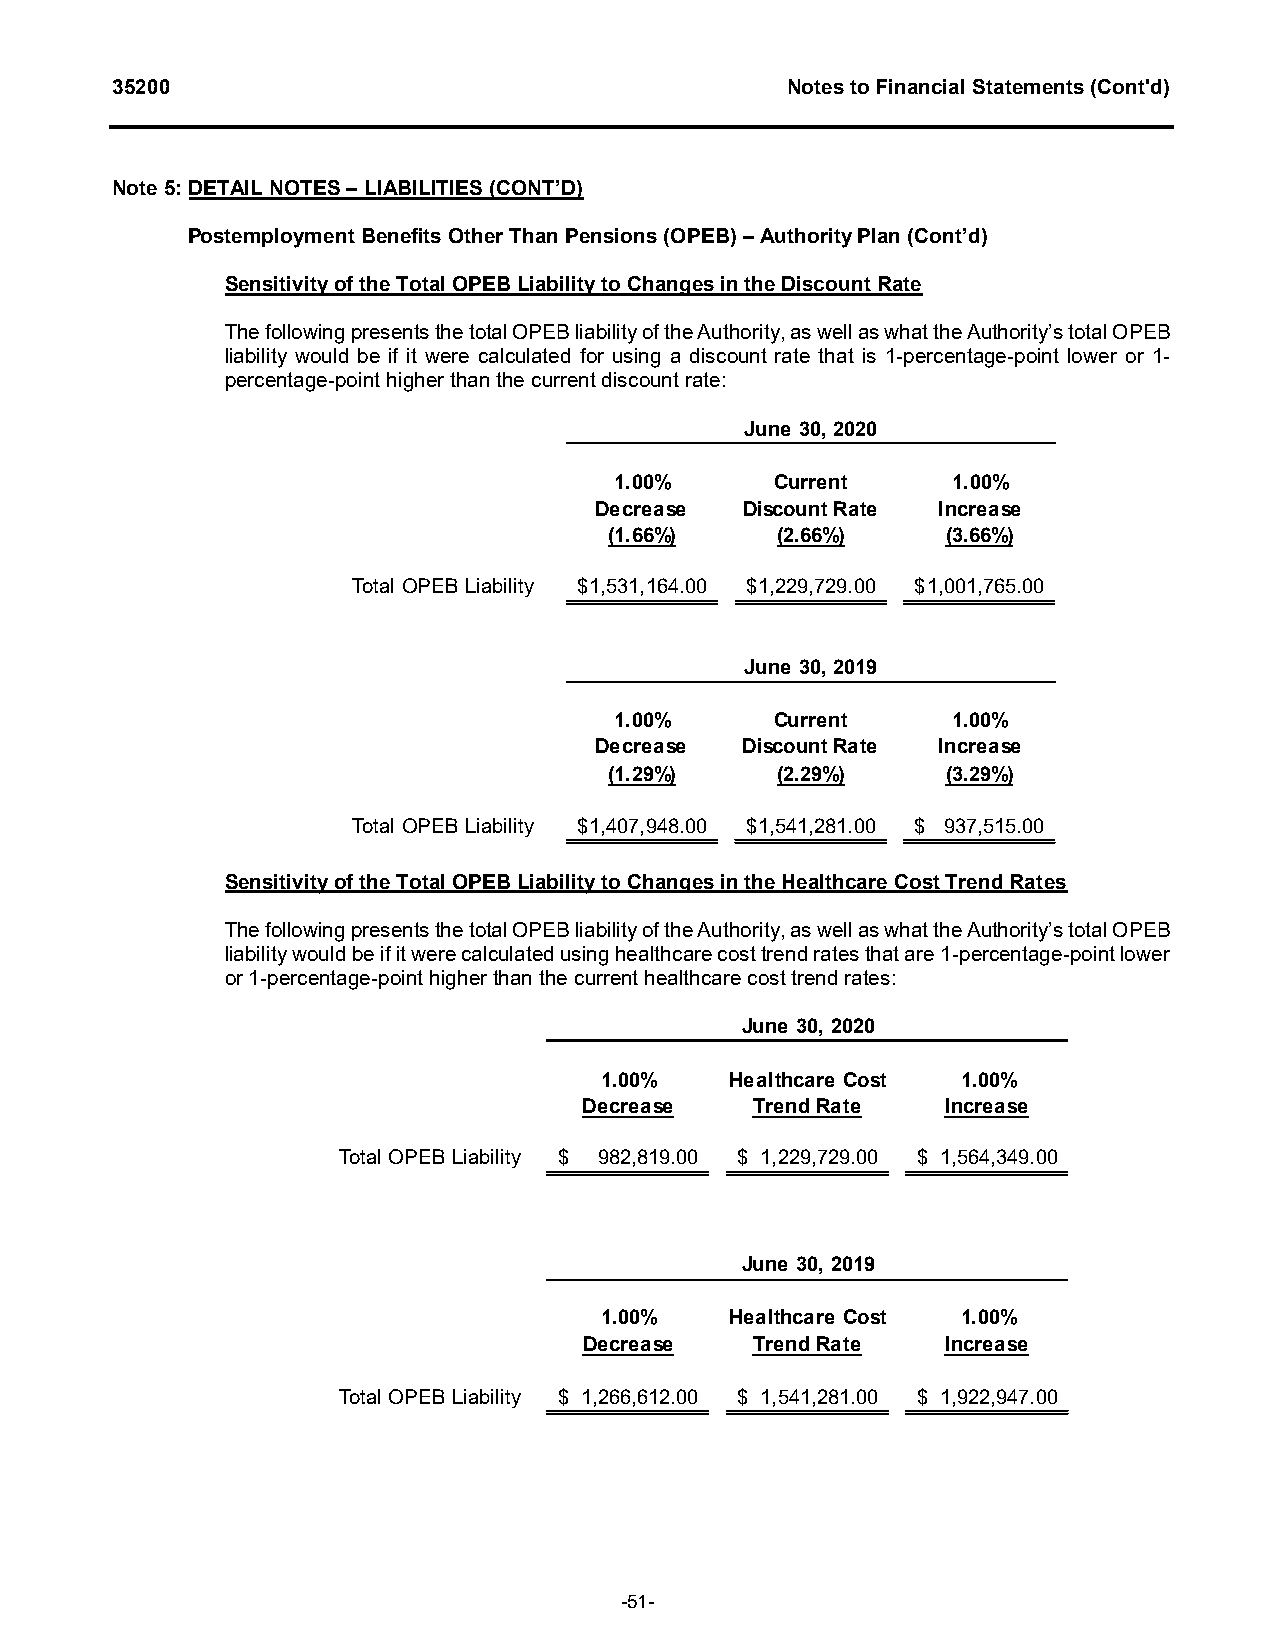
35200                                        Notes to Financial Statements (Cont'd)
 Note 5: DETAIL NOTES – LIABILITIES (CONT’D)
 Postemployment Benefits Other Than Pensions (OPEB) – Authority Plan (Cont’d)
 Sensitivity of the Total OPEB Liability to Changes in the Discount Rate
 The following presents the total OPEB liability of the Authority, as well as what the Authority’s total OPEB
 liability would be if it were calculated for using a discount rate that is 1-percentage-point lower or 1-
 percentage-point higher than the current discount rate:
 June 30, 2020
 1.00%     Current     1.00%
 Decrease  Discount Rate Increase
 (1.66%)    (2.66%)     (3.66%)
 Total OPEB Liability $ 1,531,164.00 $ 1,229,729.00 $ 1,001,765.00
 June 30, 2019
 1.00%     Current     1.00%
 Decrease  Discount Rate Increase
 (1.29%)    (2.29%)     (3.29%)
 Total OPEB Liability $ 1,407,948.00 $ 1,541,281.00 $ 9 37,515.00
 Sensitivity of the Total OPEB Liability to Changes in the Healthcare Cost Trend Rates
 The following presents the total OPEB liability of the Authority, as well as what the Authority’s total OPEB
 liability would be if it were calculated using healthcare cost trend rates that are 1-percentage-point lower
 or 1-percentage-point higher than the current healthcare cost trend rates:
 June 30, 2020
 1.00%   Healthcare Cost 1.00%
 Decrease   Trend Rate   Increase
 Total OPEB Liability $ 982,819.00 $ 1 ,229,729.00 $ 1 ,564,349.00
 June 30, 2019
 1.00%   Healthcare Cost 1.00%
 Decrease   Trend Rate   Increase
 Total OPEB Liability $ 1 ,266,612.00 $ 1 ,541,281.00 $ 1 ,922,947.00
 -51-